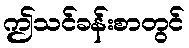
ဤသင်ခန်းစာတွင်